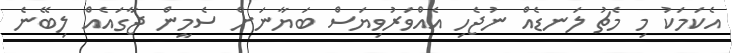
އެކަމަކު މި މެޗު ލަނޑެއް ނުޖެހި އެއްވަރުވިޔަސް ބަޔާނަށް ސެމީން ޖާގައެއް ލިބޭނެ